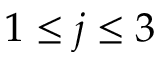
1 \le j \le 3